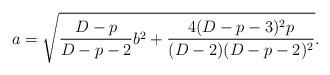
LaTeX: \begin{align*}a=\sqrt{{{D-p}\over{D-p-2}}b^2+{{4(D-p-3)^2p}\over{(D-2)(D-p-2)^2}}}.\end{align*}